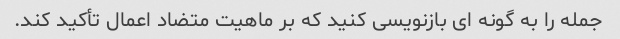
جمله را به گونه ای بازنویسی کنید که بر ماهیت متضاد اعمال تأکید کند.